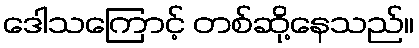
ဒေါသကြောင့် တစ်ဆို့နေသည်။